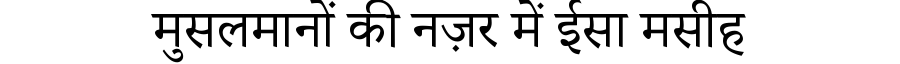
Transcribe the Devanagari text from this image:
मुसलमानों की नज़र में ईसा मसीह